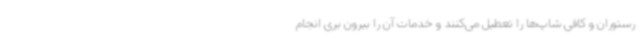
رستوران و کافی شاپ‌ها را تعطیل می‌کنند و خدمات آن را بیرون بری انجام